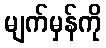
မျက်မှန်ကို